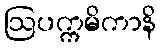
ဩပက္ကမိကာနိ